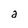
Character: a